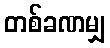
တစ်ခဏမျှ